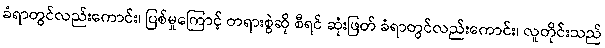
ခံရာတွင်လည်းကောင်း၊ ပြစ်မှုကြောင့် တရားစွဲဆို စီရင် ဆုံးဖြတ် ခံရာတွင်လည်းကောင်း၊ လူတိုင်းသည်